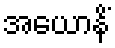
အယောနိံ